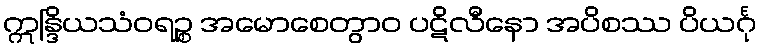
ဣန္ဒြိယသံဝရဉ္စ အမောစေတွာဝ ပဋိလီနော အပိစဿ ပိယင်္ဂု